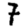
Digit: 7